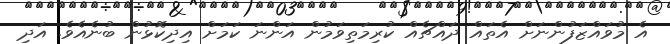
އެ މުވައްޒަފުންނަށް އެތައް ދައްޗެއް ކުރިމަތިވަމުން އަންނަ ކަމަށް އިދިކޮޅުން ބުނެއެވެ. އަދި